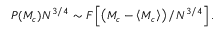
\begin{array} { r } { P ( M _ { c } ) N ^ { 3 / 4 } \sim F \left[ \left( M _ { c } - \left\langle M _ { c } \right\rangle \right) / N ^ { 3 / 4 } \right] . } \end{array}